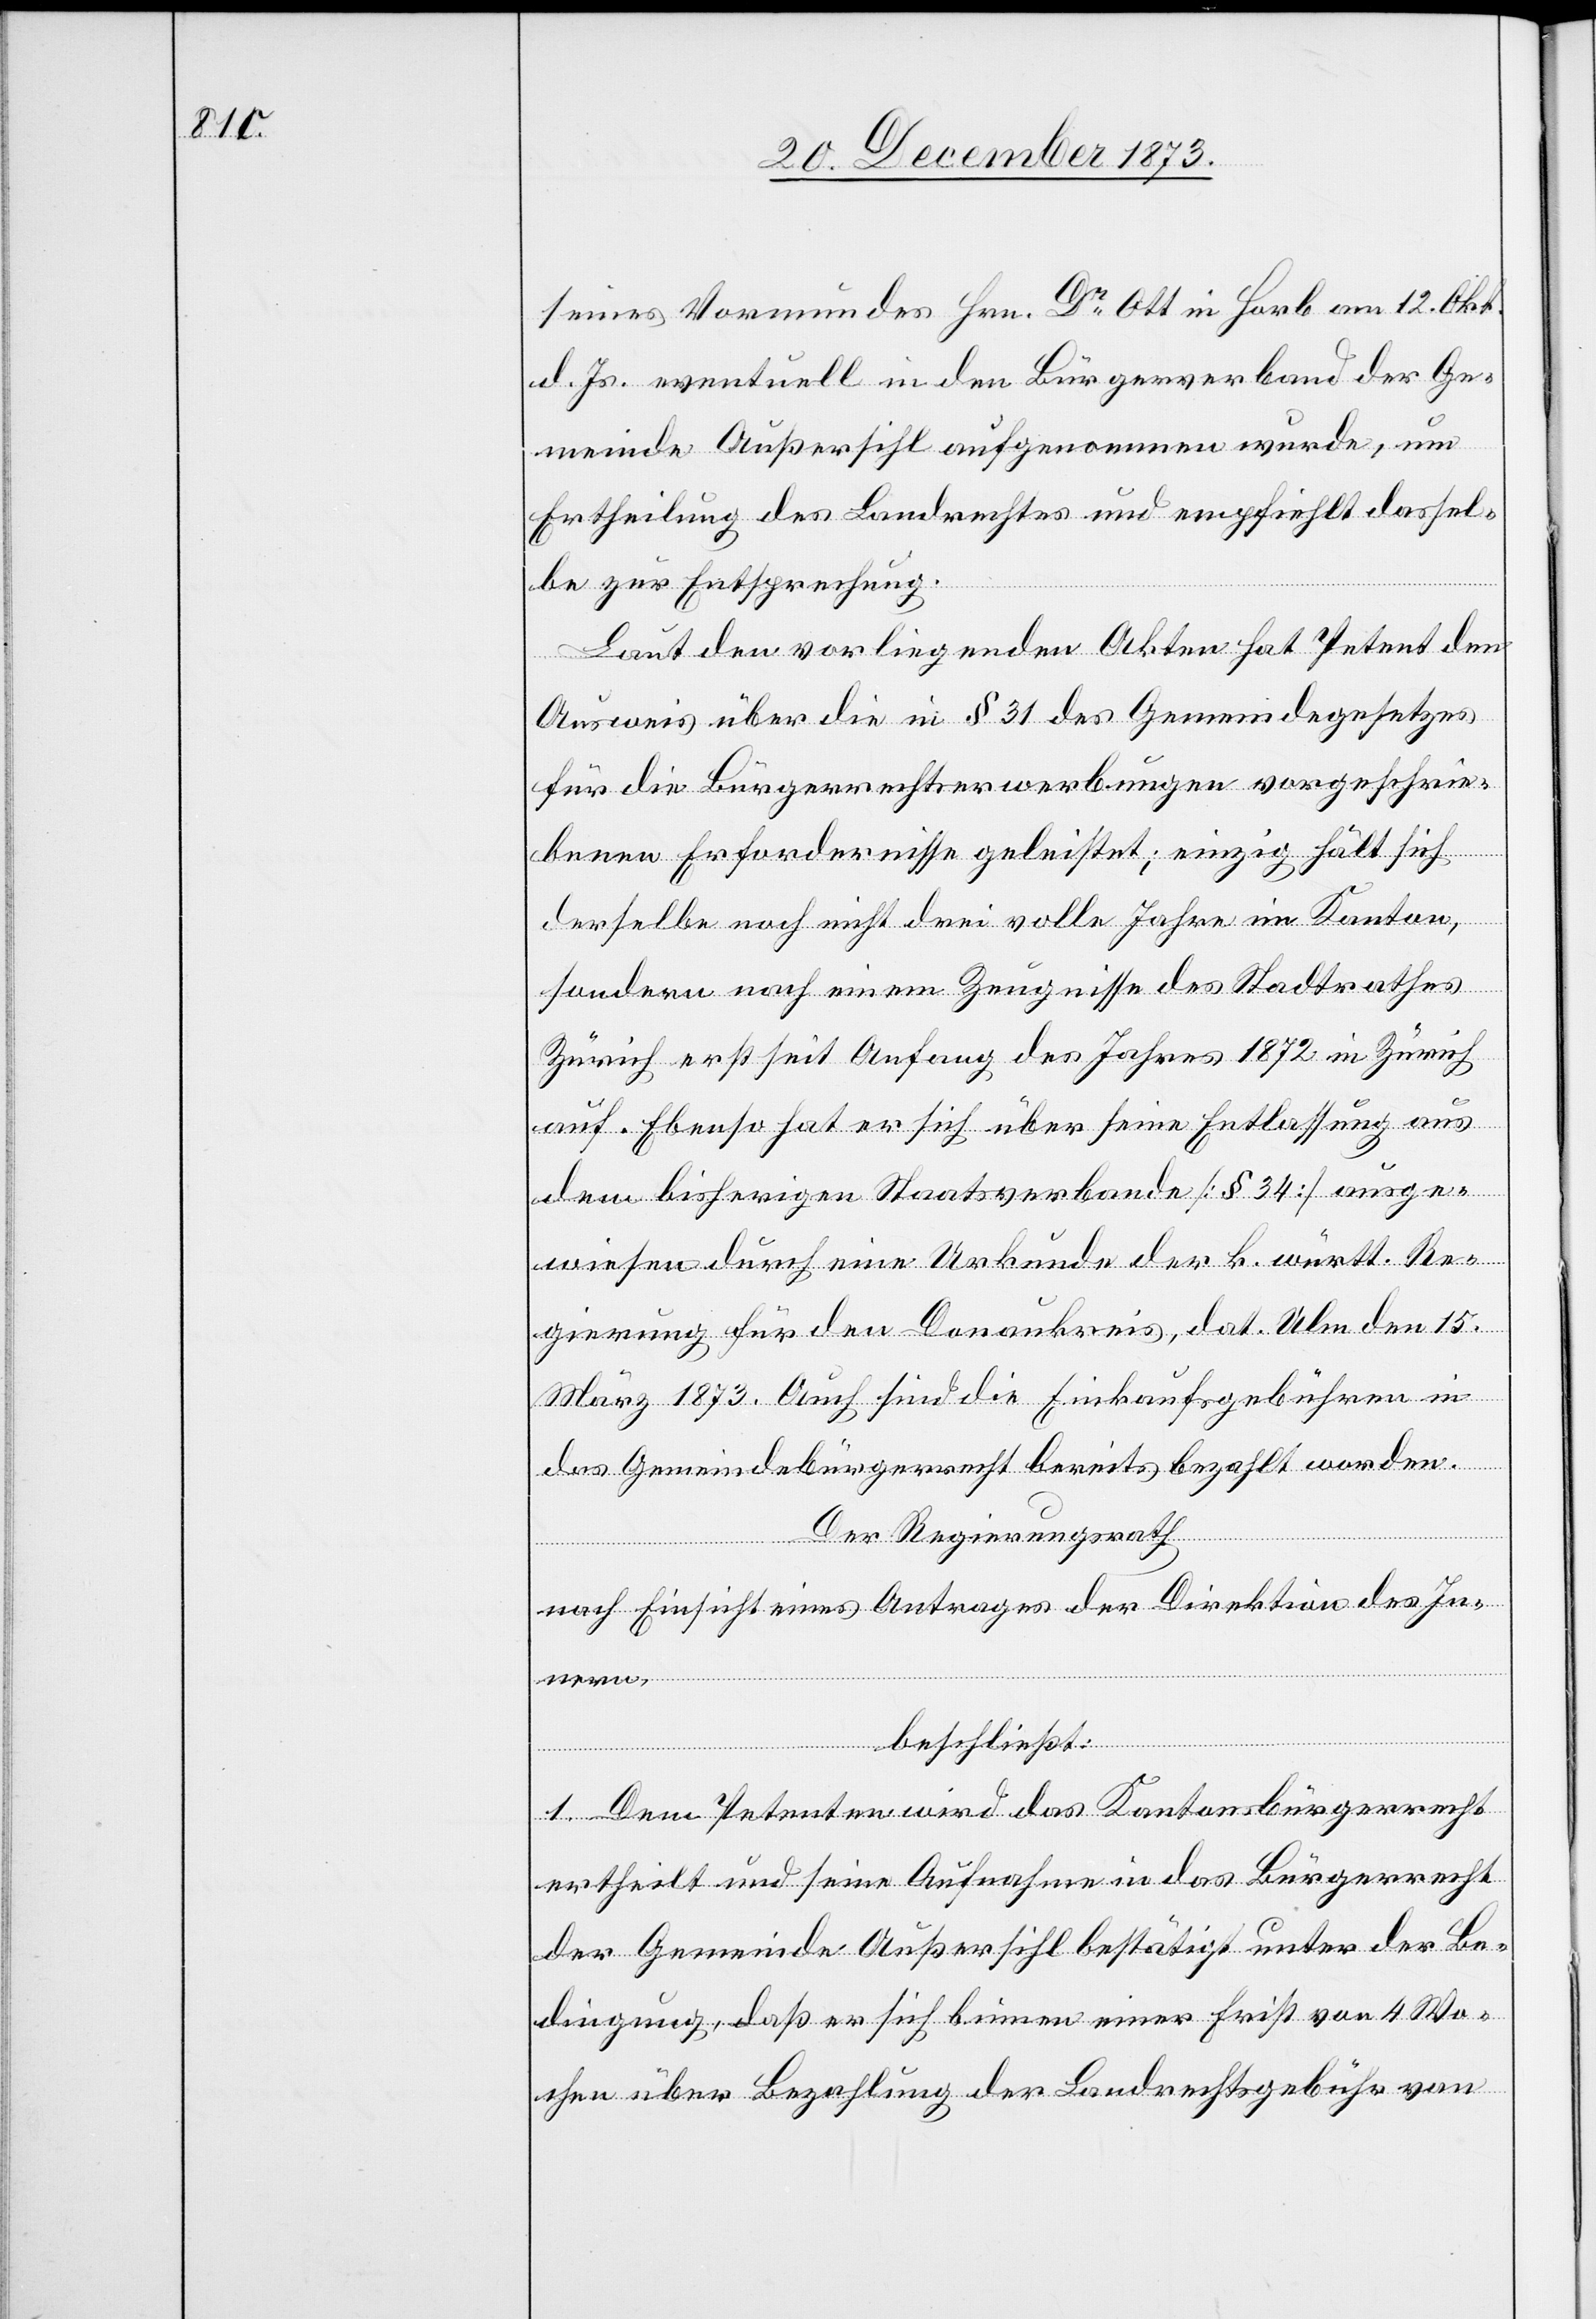
seines Vormundes Hrn. Dr Ott in Horb am 12. Okt.
d. Js. eventuell in den Bürgerverband der Ge¬
meinde Außersihl aufgenommen wurde, um
Ertheilung des Landrechtes und empfiehlt dassel¬
be zur Entsprechung.
Laut den vorliegenden Akten hat Petent den
Ausweis über die in § 31 des Gemeindegesetzes
für die Bürgerrechtserwerbungen vorgeschrie¬
benen Erfordernisse geleistet; einzig hält sich
derselbe noch nicht drei volle Jahre im Kanton,
sondern nach einem Zeugnisse des Stadtrathes
Zürich erst seit Anfang des Jahres 1872 in Zürich
auf. Ebenso hat er sich über seine Entlassung aus
dem bisherigen Staatsverbande [§ 34] ausge¬
wiesen durch eine Urkunde der k. württ. Re¬
gierung für den Donaukreis, dat. Ulm den 15.
März 1873. Auch sind die Einkaufsgebühren in
das Gemeindebürgerrecht bereits bezahlt worden.
Der Regierungsrath
nach Einsicht eines Antrages der Direktion des Inn¬
ern,
beschließt:
1. Dem Petenten wird das Kantonsbürgerrecht
ertheilt und seine Aufnahme in das Bürgerrecht
der Gemeinde Außersihl bestätigt unter der Be¬
dingung, daß er sich binnen einer Frist von 4 Wo¬
chen über Bezahlung der Landrechtsgebühr von